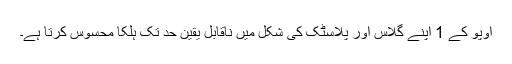
اوپو کے 1 اپنے گلاس اور پلاسٹک کی شکل میں ناقابل یقین حد تک ہلکا محسوس کرتا ہے۔